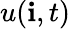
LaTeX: u(\mathbf{i},t)